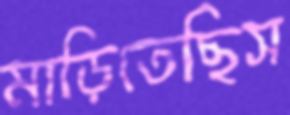
মাড়িতেছিস